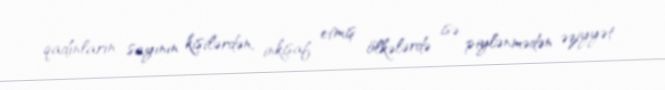
qadınların sayının kişilərdən, inkişaf etmiş ölkələrdə isə piylənmədən əziyyət